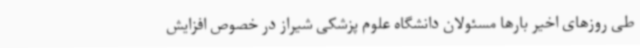
طی روزهای اخیر بارها مسئولان دانشگاه علوم پزشکی شیراز در خصوص افزایش